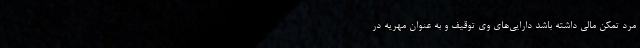
مرد تمکن مالی داشته باشد دارایی‌های وی توقیف و به عنوان مهریه در